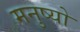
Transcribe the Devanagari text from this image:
मनुष्‍यो